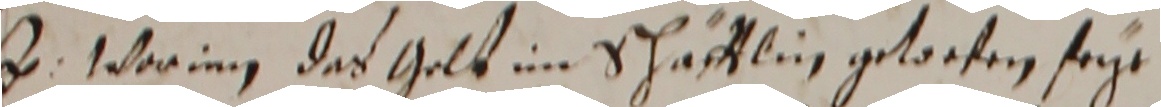
hr worung das golt im schäfftlin getoofen seye